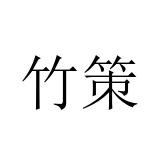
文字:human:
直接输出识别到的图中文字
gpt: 竹策